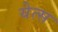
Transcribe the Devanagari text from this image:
येत्स